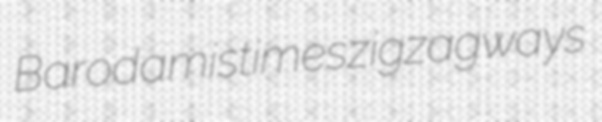
Baroda mistimes zigzagways